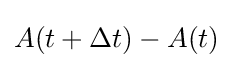
A(t+\Delta t)-A(t)